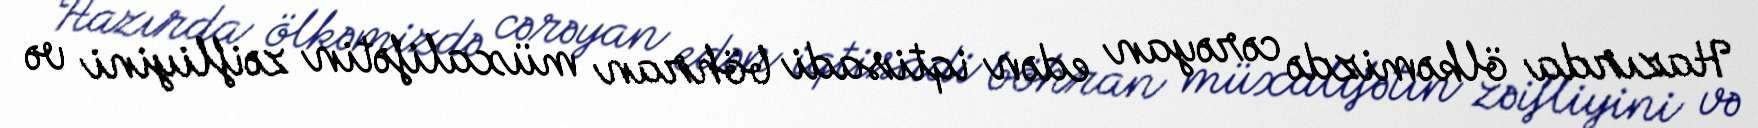
Hazırda ölkəmizdə cərəyan edən iqtisadi böhran müxalifətin zəifliyini və